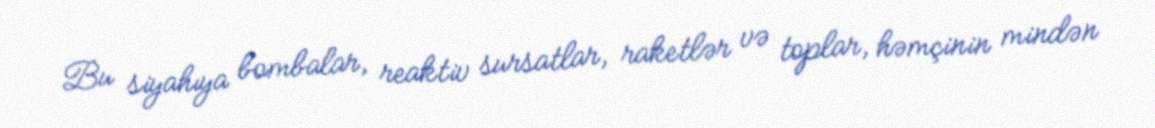
Bu siyahıya bombalar, reaktiv sursatlar, raketlər və toplar, həmçinin mindən